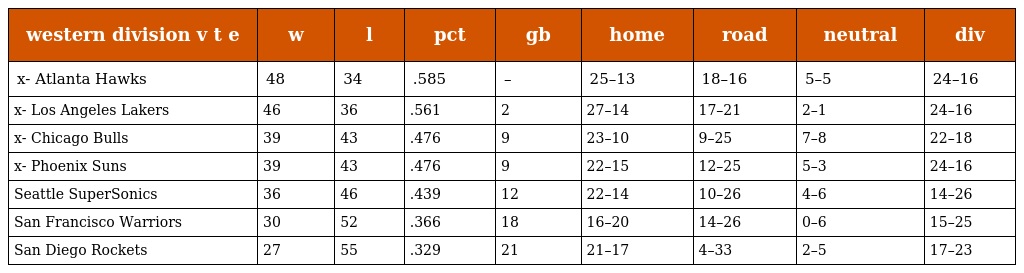
| western division v t e | w | l | pct | gb | home | road | neutral | div |
 | --- | --- | --- | --- | --- | --- | --- | --- | --- |
 | x- Atlanta Hawks | 48 | 34 | .585 | – | 25–13 | 18–16 | 5–5 | 24–16 |
 | x- Los Angeles Lakers | 46 | 36 | .561 | 2 | 27–14 | 17–21 | 2–1 | 24–16 |
 | x- Chicago Bulls | 39 | 43 | .476 | 9 | 23–10 | 9–25 | 7–8 | 22–18 |
 | x- Phoenix Suns | 39 | 43 | .476 | 9 | 22–15 | 12–25 | 5–3 | 24–16 |
 | Seattle SuperSonics | 36 | 46 | .439 | 12 | 22–14 | 10–26 | 4–6 | 14–26 |
 | San Francisco Warriors | 30 | 52 | .366 | 18 | 16–20 | 14–26 | 0–6 | 15–25 |
 | San Diego Rockets | 27 | 55 | .329 | 21 | 21–17 | 4–33 | 2–5 | 17–23 |